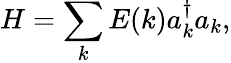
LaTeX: H=\sum_{k}E(k)a_{k}^{\dagger}a_{k},